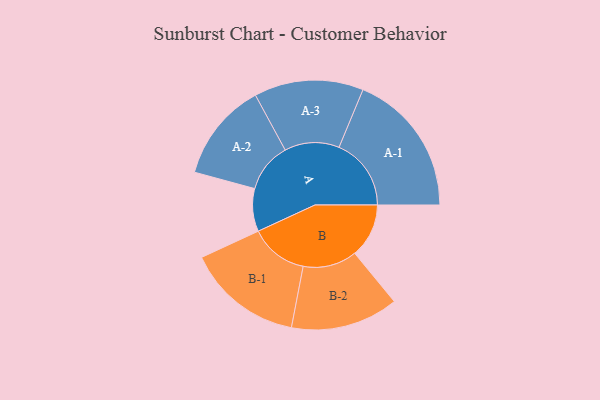
{"axis": {"x": "Segment", "y": "Value"}, "legend": ["", "A", "B"], "data": [{"x": "A", "y": 159, "type": ""}, {"x": "B", "y": 201, "type": ""}, {"x": "A-1", "y": 268, "type": "A"}, {"x": "A-2", "y": 184, "type": "A"}, {"x": "A-3", "y": 203, "type": "A"}, {"x": "B-1", "y": 216, "type": "B"}, {"x": "B-2", "y": 200, "type": "B"}]}